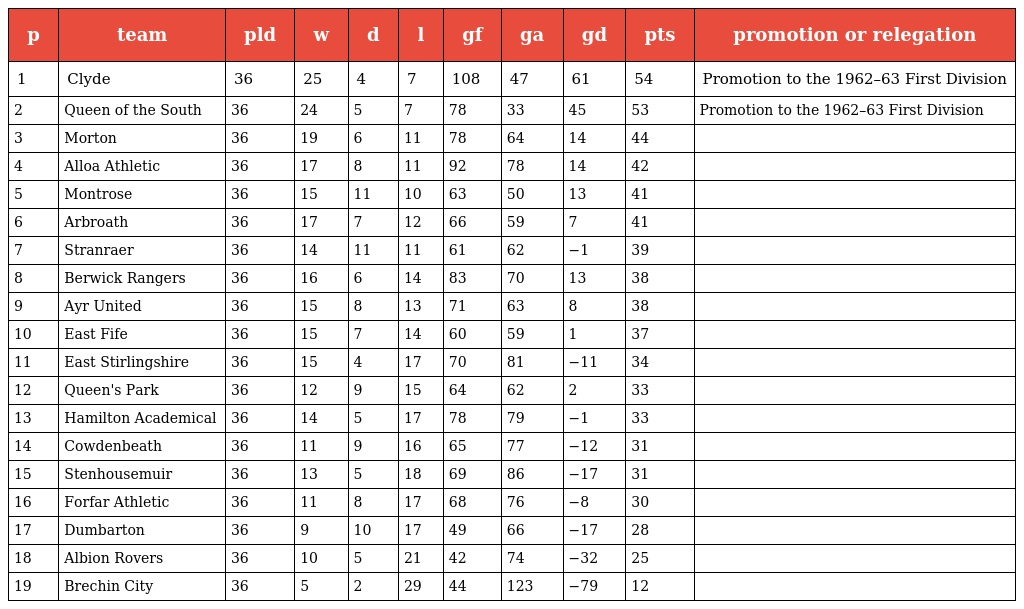
| p | team | pld | w | d | l | gf | ga | gd | pts | promotion or relegation |
 | --- | --- | --- | --- | --- | --- | --- | --- | --- | --- | --- |
 | 1 | Clyde | 36 | 25 | 4 | 7 | 108 | 47 | 61 | 54 | Promotion to the 1962–63 First Division |
 | 2 | Queen of the South | 36 | 24 | 5 | 7 | 78 | 33 | 45 | 53 | Promotion to the 1962–63 First Division |
 | 3 | Morton | 36 | 19 | 6 | 11 | 78 | 64 | 14 | 44 |  |
 | 4 | Alloa Athletic | 36 | 17 | 8 | 11 | 92 | 78 | 14 | 42 |  |
 | 5 | Montrose | 36 | 15 | 11 | 10 | 63 | 50 | 13 | 41 |  |
 | 6 | Arbroath | 36 | 17 | 7 | 12 | 66 | 59 | 7 | 41 |  |
 | 7 | Stranraer | 36 | 14 | 11 | 11 | 61 | 62 | −1 | 39 |  |
 | 8 | Berwick Rangers | 36 | 16 | 6 | 14 | 83 | 70 | 13 | 38 |  |
 | 9 | Ayr United | 36 | 15 | 8 | 13 | 71 | 63 | 8 | 38 |  |
 | 10 | East Fife | 36 | 15 | 7 | 14 | 60 | 59 | 1 | 37 |  |
 | 11 | East Stirlingshire | 36 | 15 | 4 | 17 | 70 | 81 | −11 | 34 |  |
 | 12 | Queen's Park | 36 | 12 | 9 | 15 | 64 | 62 | 2 | 33 |  |
 | 13 | Hamilton Academical | 36 | 14 | 5 | 17 | 78 | 79 | −1 | 33 |  |
 | 14 | Cowdenbeath | 36 | 11 | 9 | 16 | 65 | 77 | −12 | 31 |  |
 | 15 | Stenhousemuir | 36 | 13 | 5 | 18 | 69 | 86 | −17 | 31 |  |
 | 16 | Forfar Athletic | 36 | 11 | 8 | 17 | 68 | 76 | −8 | 30 |  |
 | 17 | Dumbarton | 36 | 9 | 10 | 17 | 49 | 66 | −17 | 28 |  |
 | 18 | Albion Rovers | 36 | 10 | 5 | 21 | 42 | 74 | −32 | 25 |  |
 | 19 | Brechin City | 36 | 5 | 2 | 29 | 44 | 123 | −79 | 12 |  |